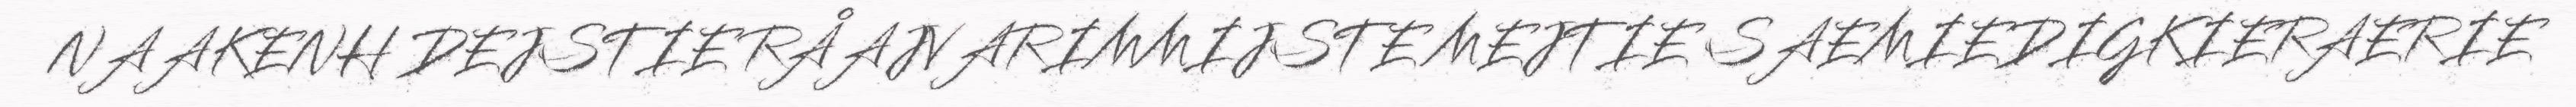
NAAKENH DEJSTIE RÅAJVARIMMIJSTE MEJTIE SAEMIEDIGKIERAERIE